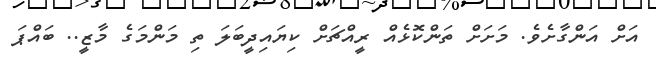
އަށް އަންގާށެވެ. މަށަށް ތަންކޮޅެއް ރީއްޗަށް ކިޔައިދީބަލަ ތި މަންމަގެ މާޒީ.. ބައްޕަ